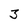
Character: 3